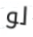
لو